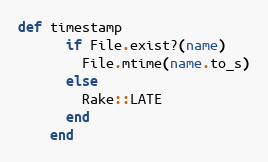
Language: Ruby
def timestamp
      if File.exist?(name)
        File.mtime(name.to_s)
      else
        Rake::LATE
      end
    end